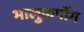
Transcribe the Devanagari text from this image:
भालुकपोंग